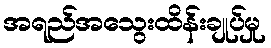
အရည်အသွေးထိန်းချုပ်မှု